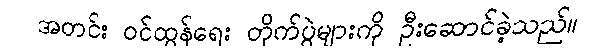
အတင်း ဝင်ထွန်ရေး တိုက်ပွဲများကို ဦးဆောင်ခဲ့သည်။